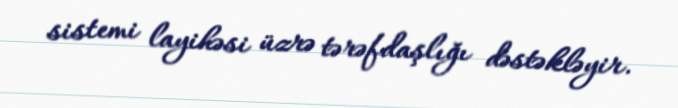
sistemi layihəsi üzrə tərəfdaşlığı dəstəkləyir.